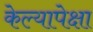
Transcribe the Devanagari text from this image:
केल्यापेक्षा